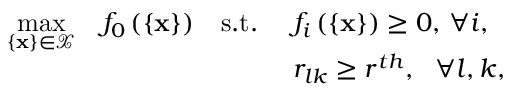
\begin{array} { r l r l } { \underset { \{ \mathbf { x } \} \in \mathcal { X } } { \operatorname* { m a x } } } & { f _ { 0 } \left( \left\{ \mathbf { x } \right\} \right) } & { \mathrm { s . t . } \, \, } & { f _ { i } \left( \left\{ \mathbf { x } \right\} \right) \geq 0 , \, \forall i , } \\ & { } & & { r _ { l k } \geq r ^ { t h } , \, \, \, \, \forall l , k , } \end{array}